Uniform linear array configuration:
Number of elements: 8
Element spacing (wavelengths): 0.5
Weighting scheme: kaiser
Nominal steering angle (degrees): -60
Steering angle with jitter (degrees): -61.357
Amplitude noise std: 0.05
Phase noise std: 0.05

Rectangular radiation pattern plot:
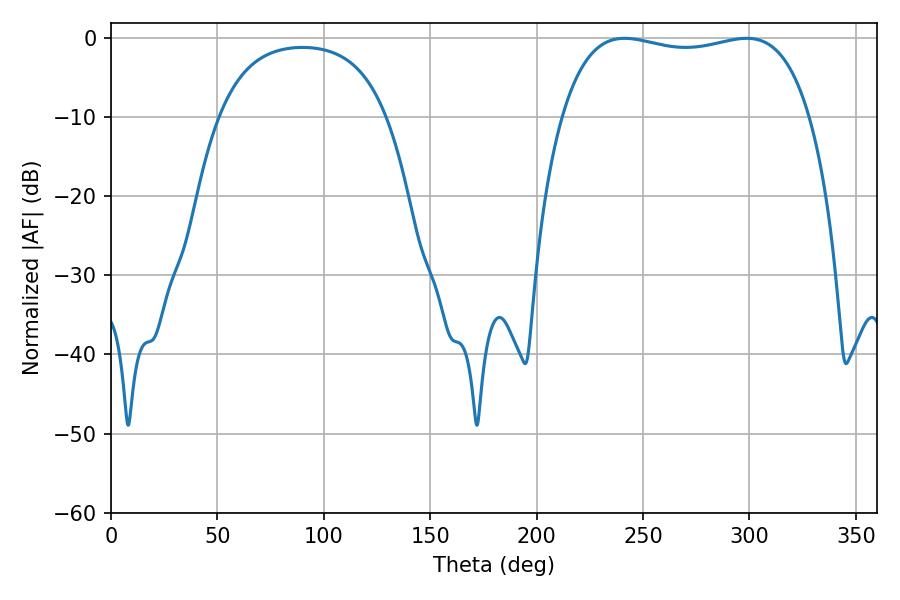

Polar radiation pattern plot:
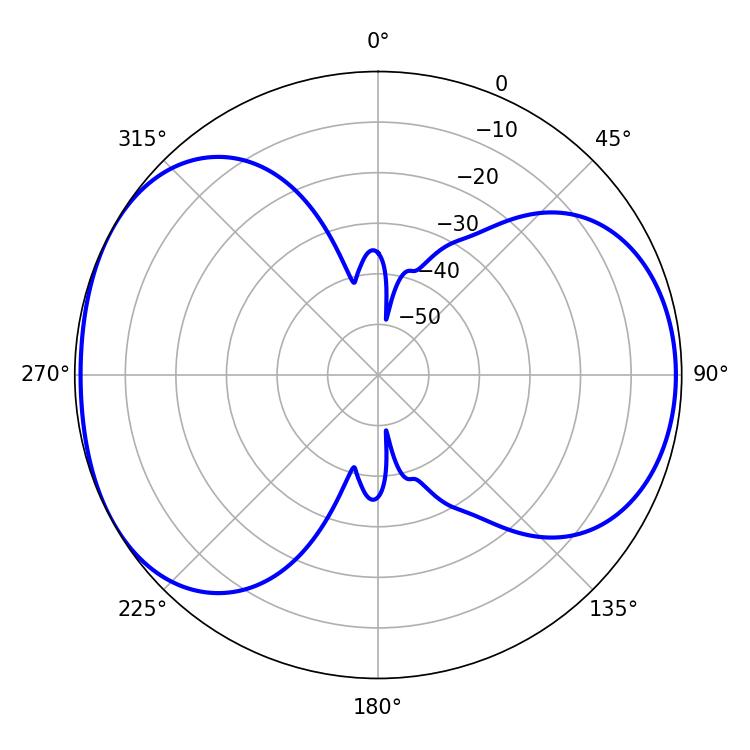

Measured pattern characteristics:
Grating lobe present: FALSE
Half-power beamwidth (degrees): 94.32
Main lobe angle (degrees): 241.38